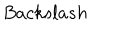
B a c k s l a s h \,